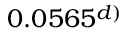
0 . 0 5 6 5 ^ { d ) }